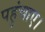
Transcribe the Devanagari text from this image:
पहुंचाए।